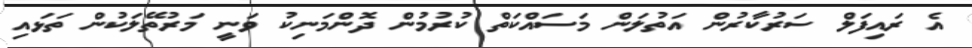
އެ ރައިފަލް ސަރުކާރުން އަތުލަން މަސައްކަތް ކުރުމުން ދޮންމަނިކު ވަނީ މަރުތޭލަކުން ތަޅައި